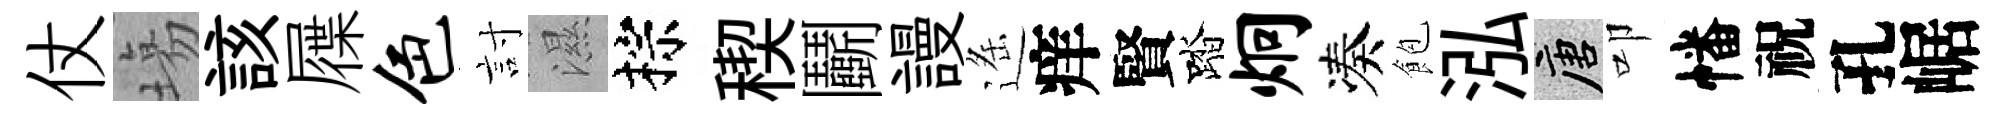
仗塲該屧色討濕棕稧鬬謾遥痒賢踏炯凑飽泓唐叩幡祝孔崌